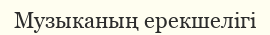
Музыканың ерекшелiгi